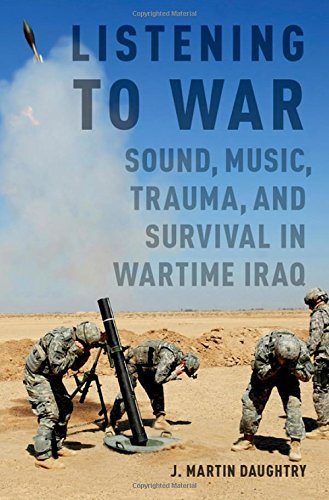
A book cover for Listening to War: Sound, Music, Trauma, and Survival in Wartime Iraq; J. Martin Daughtry; History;